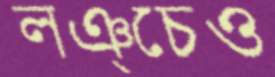
লঞ্চেও